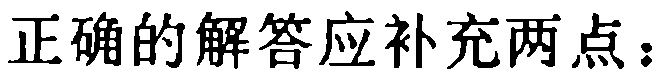
正确的解答应补充两点：